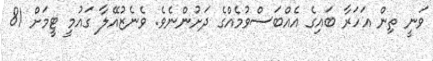
ވަނީ ތިން އަހަރާ ބައިގެ އެއްބަސްވުމެއްގެ ދަށުންނެވެ. ވެނެޒުއޭލާ ގައުމީ ޓީމަށް 81